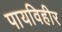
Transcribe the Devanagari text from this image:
पायविहीर